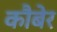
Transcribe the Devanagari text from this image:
कौबेर